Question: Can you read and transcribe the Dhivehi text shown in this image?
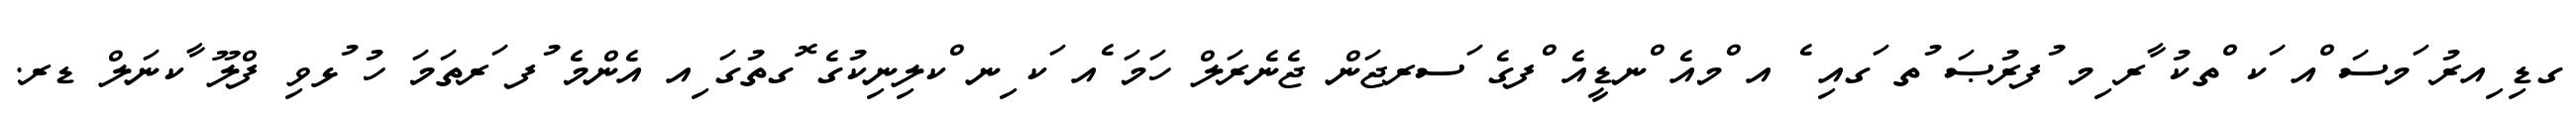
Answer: ގޑި ިއރު ަމސަ ްއ ަކ ްތކު ާރ ިމ ުފރުޞަ ުތ ަގއި ެ އ ްމއެ ްނޑީއެ ްފގެ ަސރޖަން ޖެނެރަލް ހަމަ ެއ ަކ ިނ ްކލިނިކުގެ ޮގތުގަ ިއ އެންމެ ުފ ަރތަމަ ހު ުޅވި ފްލޫ ާކނަލް ޑރ.